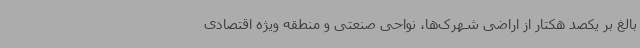
بالغ بر یکصد هکتار از اراضی شهرک‌ها، نواحی صنعتی و منطقه ویژه اقتصادی